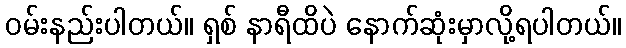
ဝမ်းနည်းပါတယ်။ ရှစ် နာရီထိပဲ နောက်ဆုံးမှာလို့ရပါတယ်။